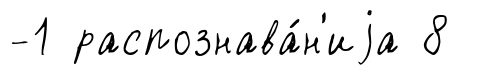
-1 распознава́н'иjа 8